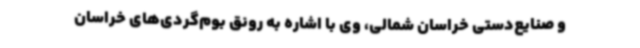
و صنایع‌دستی خراسان شمالی، وی با اشاره به رونق بوم‌گردی‌های خراسان